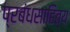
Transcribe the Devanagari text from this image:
प्रबंधसाहित्य